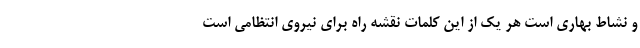
و نشاط بهاری است هر یک از این کلمات نقشه راه برای نیروی انتظامی است